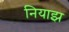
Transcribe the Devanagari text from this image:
नियाझ